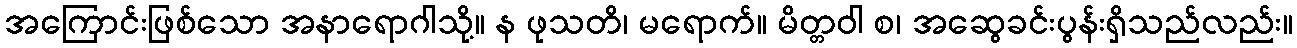
အကြောင်းဖြစ်သော အနာရောဂါသို့။ န ဖုသတိ၊ မရောက်။ မိတ္တဝါ စ၊ အဆွေခင်းပွန်းရှိသည်လည်း။